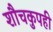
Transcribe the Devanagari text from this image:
शौचकुपही